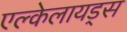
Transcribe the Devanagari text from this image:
एल्केलायड्स